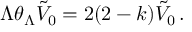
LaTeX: \Lambda \theta _ { \Lambda } \tilde { V } _ { 0 } = 2 ( 2 - k ) \tilde { V } _ { 0 } \, .